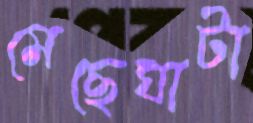
মেছেঘাটা